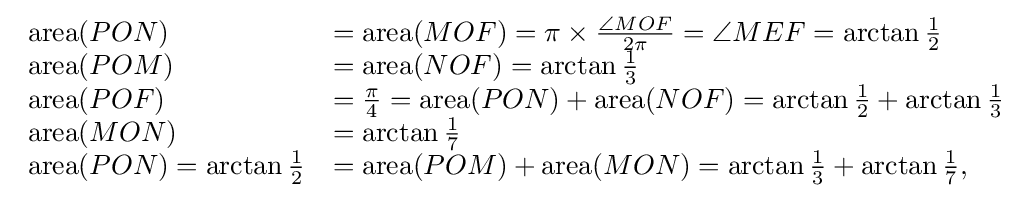
{\begin{array}{ll}{\rm {area}}(PON)&={\rm {area}}(MOF)=\pi \times {\frac {\angle MOF}{2\pi }}=\angle MEF=\arctan {1 \over 2}\\{\rm {area}}(POM)&={\rm {area}}(NOF)=\arctan {1 \over 3}\\{\rm {area}}(POF)&={\pi  \over 4}={\rm {area}}(PON)+{\rm {area}}(NOF)=\arctan {1 \over 2}+\arctan {1 \over 3}\\{\rm {area}}(MON)&=\arctan {1 \over 7}\\{\rm {area}}(PON)=\arctan {1 \over 2}&={\rm {area}}(POM)+{\rm {area}}(MON)=\arctan {1 \over 3}+\arctan {1 \over 7},\end{array}}